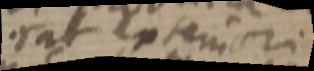
erat exteriori